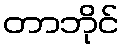
တာဘိုင်